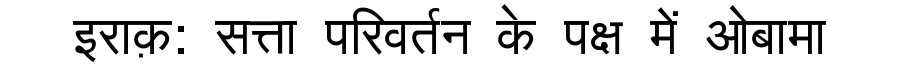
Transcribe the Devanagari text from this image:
इराक़: सत्ता परिवर्तन के पक्ष में ओबामा